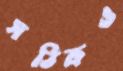
সঠিকও